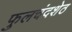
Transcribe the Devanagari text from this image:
फुलचंदशेठ